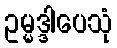
ဥမ္မဒ္ဒါပေသုံ